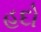
હદો